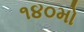
૧૪૦મો